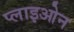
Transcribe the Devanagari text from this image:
प्लाइओन